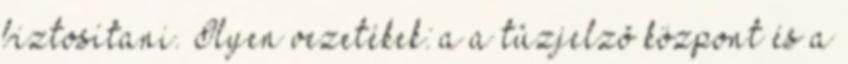
biztosítani. Ilyen vezetékek: a a tûzjelzõ központ és a